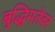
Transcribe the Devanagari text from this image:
बुद्धिमतेवर